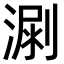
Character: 𣺳